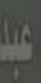
عبد